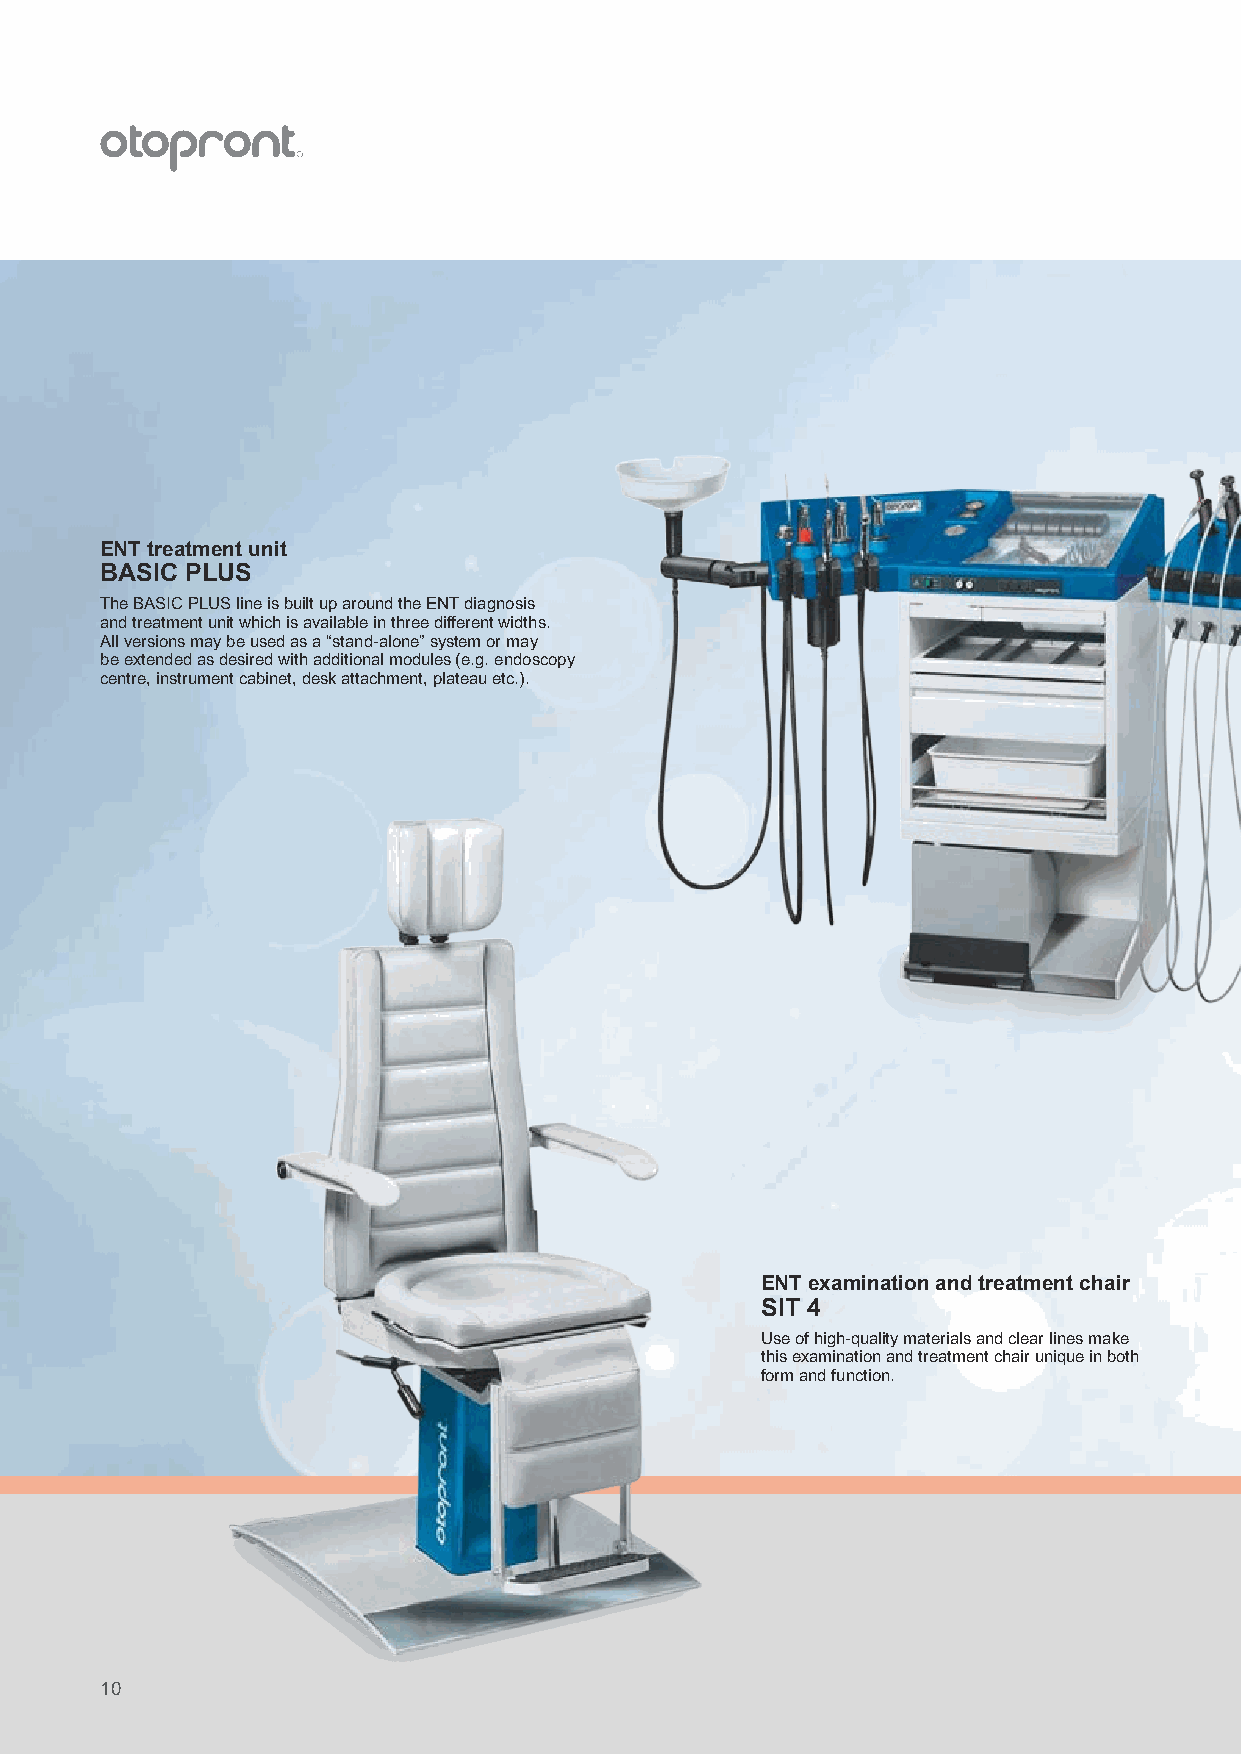
ENT treatment unit
 BASIC PLUS
 The BASIC PLUS line is built up around the ENT diagnosis
 and treatment unit which is available in three different widths.
 All versions may be used as a “stand-alone” system or may
 be extended as desired with additional modules (e.g. endoscopy
 centre, instrument cabinet, desk attachment, plateau etc.).
 Instruments and accessories
 Small instrument set ENT, economy
 ENT examination and treatment chair    ENT treatment unit
 SIT 4                                  SMART
 Use of high-quality materials and clear lines make The mobile ENT unit SMART has been designed
 this examination and treatment chair unique in both to meet the requirements of the widest range of
 form and function.                     applications. It may be used for inpatient bed-
 side treatment, in operating theatres, outpatient
 clinics and in private practices.
 10                                                                                                                                                    11